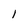
Character: 1